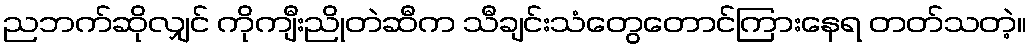
ညဘက်ဆိုလျှင် ကိုကျီးညိုတဲဆီက သီချင်းသံတွေတောင်ကြားနေရ တတ်သတဲ့။